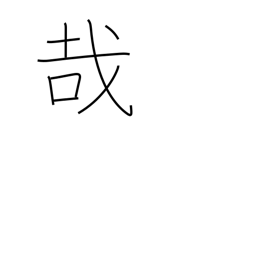
Meaning: exclamation mark